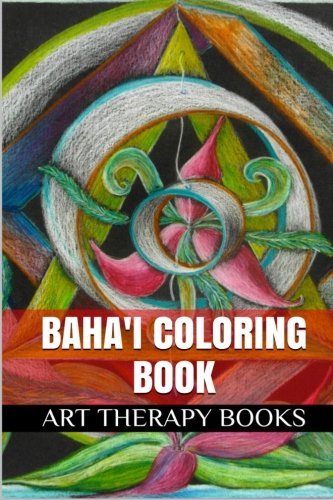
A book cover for Baha'i Coloring Book: Stress Relieving Adult Coloring Book (Adult Coloring Books); Art Therapy Books; Religion & Spirituality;